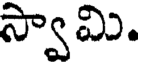
స్వామి.